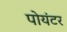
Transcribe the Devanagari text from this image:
पोयंटर